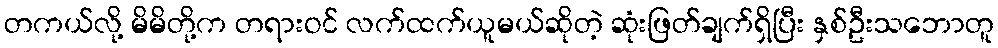
တကယ်လို့ မိမိတို့က တရားဝင် လက်ထက်ယူမယ်ဆိုတဲ့ ဆုံးဖြတ်ချက်ရှိပြီး နှစ်ဦးသဘောတူ